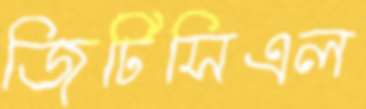
জিটিসিএল